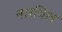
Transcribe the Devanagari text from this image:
नारयिल